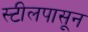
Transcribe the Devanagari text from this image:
स्टीलपासून